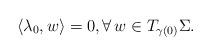
LaTeX: \begin{align*}\langle \lambda_0, w\rangle=0,\forall \,w\in T_{\gamma(0)} \Sigma.\end{align*}